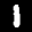
Label: 1